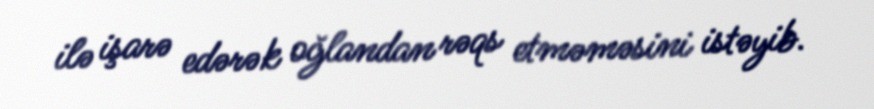
ilə işarə edərək oğlandan rəqs etməməsini istəyib.